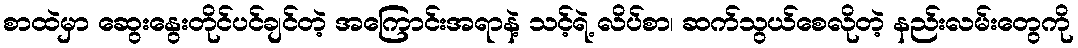
စာထဲမှာ ဆွေးနွေးတိုင်ပင်ချင်တဲ့ အကြောင်းအရာနဲ့ သင့်ရဲ့ လိပ်စာ၊ ဆက်သွယ်စေလိုတဲ့ နည်းလမ်းတွေကို